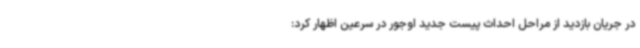
در جریان بازدید از مراحل احداث پیست جدید اوجور در سرعین اظهار کرد: